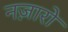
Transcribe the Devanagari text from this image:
नज़ारो